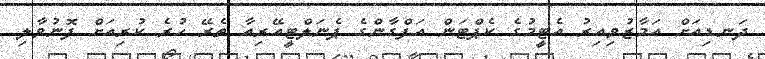
ދަނޑިއަށް އަމާޒުވިއިރު އެޓީމުގެ ކެޕްޓަން އަފްގާންގެ ޕެނަލްޓީއޭރިއާ ތެރޭ ހުރެ ކުރިއަށް ފޮނުވާލި